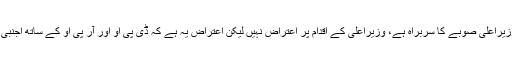
چیف جسٹس نے کہا ‘وزیراعلیٰ صوبے کا سربراہ ہے، وزیراعلیٰ کے اقدام پر اعتراض نہیں لیکن اعتراض یہ ہے کہ ڈی پی او اور آر پی او کے ساتھ اجنبی شخص نے گفتگو کی’۔